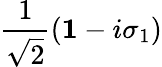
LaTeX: \frac{1}{\sqrt{2}}\left({\mathbf 1}-i\sigma_{1}\right)